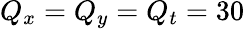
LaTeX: Q_{x}=Q_{y}=Q_{t}=30